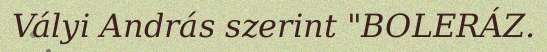
Vályi András szerint "BOLERÁZ.